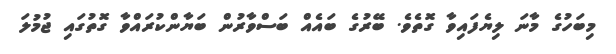
މިބަހުގެ މާނަ ލިޔެފައިވާ ގޮތެވެ. ބޭރުގެ ބައެއް ބަސްވާރުން ބަޔާންކުރައްވާ ގޮތުގައި ޖުމުލަ